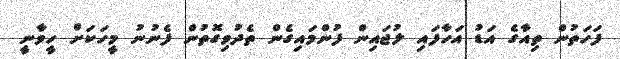
ފަހަތުން ތިއާގެ އަޑު އަހާފައި ލުޖައިން ފުންމައިގެން ތެދުވިގޮތުން ފެނުނު މީހަކަށް ހީވާނީ